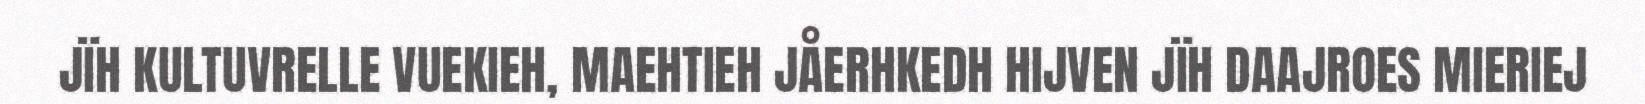
JÏH KULTUVRELLE VUEKIEH, MAEHTIEH JÅERHKEDH HIJVEN JÏH DAAJROES MIERIEJ